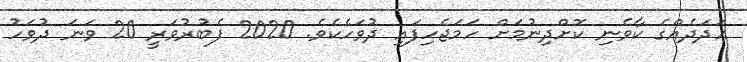
ޢަދަދެއްގެ ކާވެނި ކޮށްދިނުމަށް ހަމަޖެހިފައި ދުވަހެކެވެ. 2020 ފެބުރުވަރީ 20 ވަނަ ދުވަހު